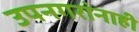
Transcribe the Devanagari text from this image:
उपनगरांनाही